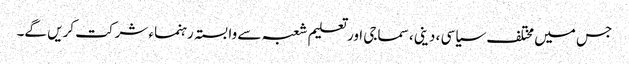
جس میں مختلف سیاسی ، دینی، سماجی اور تعلیم شعبہ سے وابستہ رہنماء شرکت کریں گے۔